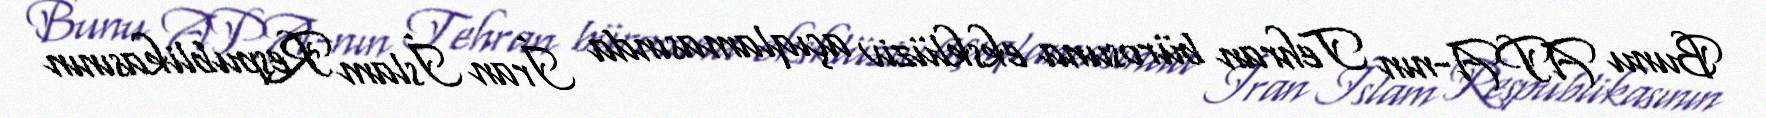
Bunu APA-nın Tehran bürosuna eksklüziv açıqlamasında İran İslam Respublikasının